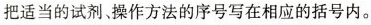
把适当的试剂、操作方法的序号写在相应的括号内。